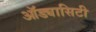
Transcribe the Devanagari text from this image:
ऑड्यासिटी